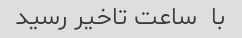
با  ساعت تاخیر رسید